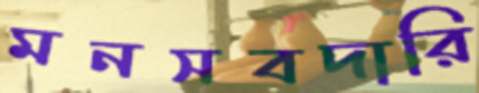
মনসবদারি